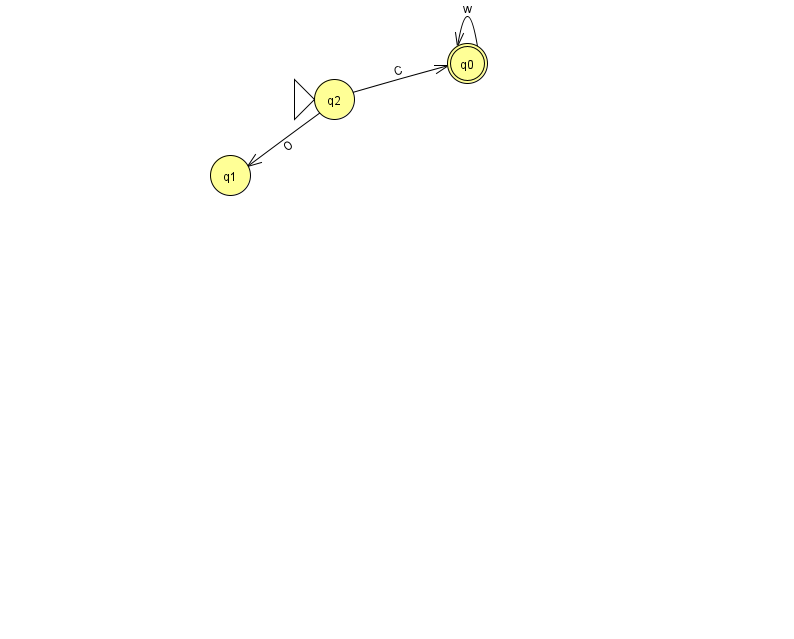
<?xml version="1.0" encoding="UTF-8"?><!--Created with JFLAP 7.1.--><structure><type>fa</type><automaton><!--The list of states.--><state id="0" name="q0"><x>467.0</x><y>50.0</y><final/></state><state id="1" name="q1"><x>230.0</x><y>162.0</y></state><state id="2" name="q2"><x>334.0</x><y>86.0</y><initial/></state><!--The list of transitions.--><transition><from>2</from><to>0</to><read>C</read></transition><transition><from>0</from><to>0</to><read>w</read></transition><transition><from>2</from><to>1</to><read>O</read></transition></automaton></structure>